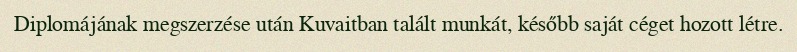
Diplomájának megszerzése után Kuvaitban talált munkát, később saját céget hozott létre.